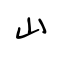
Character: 山